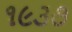
૧૯૩૭